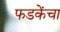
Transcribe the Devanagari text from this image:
फडकेंचा